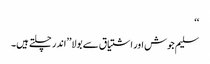
‘‘
سلیم جوش اور اشتیاق سے بولا’’اندر چلتے ہیں۔